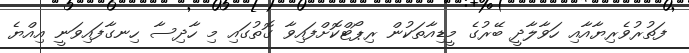
ފަތުރުވެރިޔާއާއި ހަވާލާދީ ބޭރުގެ މީޑިއާތަކުން ރިޕޯޓްކޮށްފައިވާ ގޮތުގައި މި ހާދިސާ ހިނގާފައިވަނީ އިއްޔެ